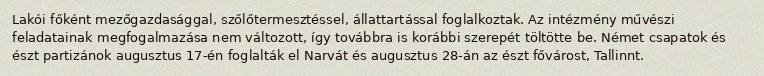
Lakói főként mezőgazdasággal, szőlőtermesztéssel, állattartással foglalkoztak. Az intézmény művészi feladatainak megfogalmazása nem változott, így továbbra is korábbi szerepét töltötte be. Német csapatok és észt partizánok augusztus 17-én foglalták el Narvát és augusztus 28-án az észt fővárost, Tallinnt.